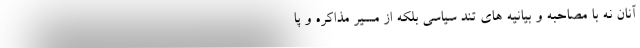
آنان نه با مصاحبه و بیانیه های تند سیاسی بلکه از مسیر مذاکره و پا